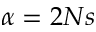
\alpha = 2 N s